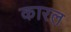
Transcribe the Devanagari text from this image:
कारल